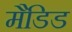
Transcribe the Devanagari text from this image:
मैडिड